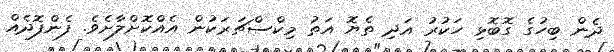
ދެން ބިހުގެ ގޮބޮޅި ހަކުރު އަދި ތެޔޮ އަތު މިކްސްޗަރަކުން އެއްކޮށްލާށެވެ. ފެންފޮދެއް